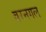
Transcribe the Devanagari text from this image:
वरनगल